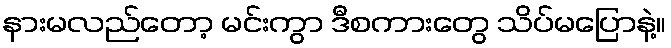
နားမလည်တော့ မင်းကွာ ဒီစကားတွေ သိပ်မပြောနဲ့။